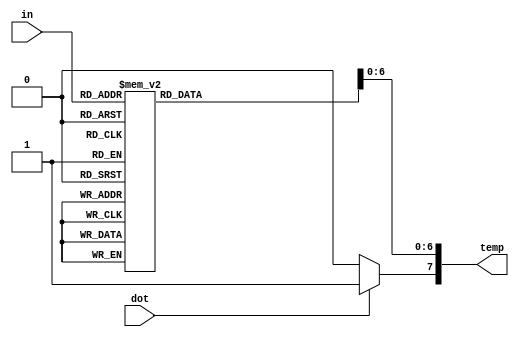
module BCD (in, dot, temp);
input wire [3:0] in;
//input wire en;
input dot;
output reg [7:0] temp;
//assign in = 4'b0000; 

            always @(*) begin
            //if (en==1) begin
                case(in)
                    4'b0000:
                    temp = 8'b00000001;
                    4'b0001:
                    temp = 8'b01001111;
                    4'b0010:
                    temp = 8'b00010010;
                    4'b0011:
                    temp = 8'b00000110;
                    4'b0100:
                    temp = 8'b01001100;
                    4'b0101:
                    temp = 8'b00100100;
                    4'b0110:
                    temp = 8'b00100000;
                    4'b0111:
                    temp = 8'b00001111;
                    4'b1000:
                    temp = 8'b00000000;
                    4'b1001:
                    temp = 8'b00000100;
                    4'b1010:
                    temp = 8'b01111110;
                    4'b1011:
                    temp = 8'b01100000;
                    4'b1100:
                    temp = 8'b00110001;
                    4'b1101:
                    temp = 8'b01000010;
                    4'b1110:
                    temp = 8'b00110000;
                    4'b1111:
                    temp = 8'b00111000;
                
                endcase
           //end
           if( dot ==1'b1)
           begin
           temp[7] = 1;
           end
           else if ( dot == 1'b0)
           begin
           temp[7] = 0;
           end
end //for the always block
endmodule